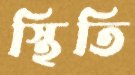
স্থিতি